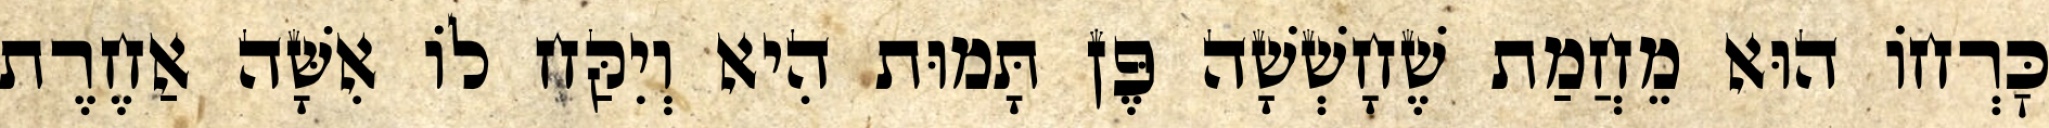
כׇּרְחוֹ הוּא מֵחֲמַת שֶׁחָשְׁשָׁה פֶּן תָּמוּת הִיא וְיִקַּח לוֹ אִשָּׁה אַחֶרֶת